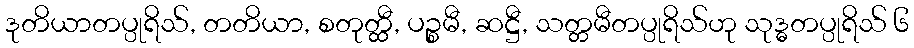
ဒုတိယာတပ္ပုရိသ်, တတိယာ, စတုတ္ထီ, ပဉ္စမီ, ဆဋ္ဌီ, သတ္တမီတပ္ပုရိသ်ဟု သုဒ္ဓတပ္ပုရိသ် ၆